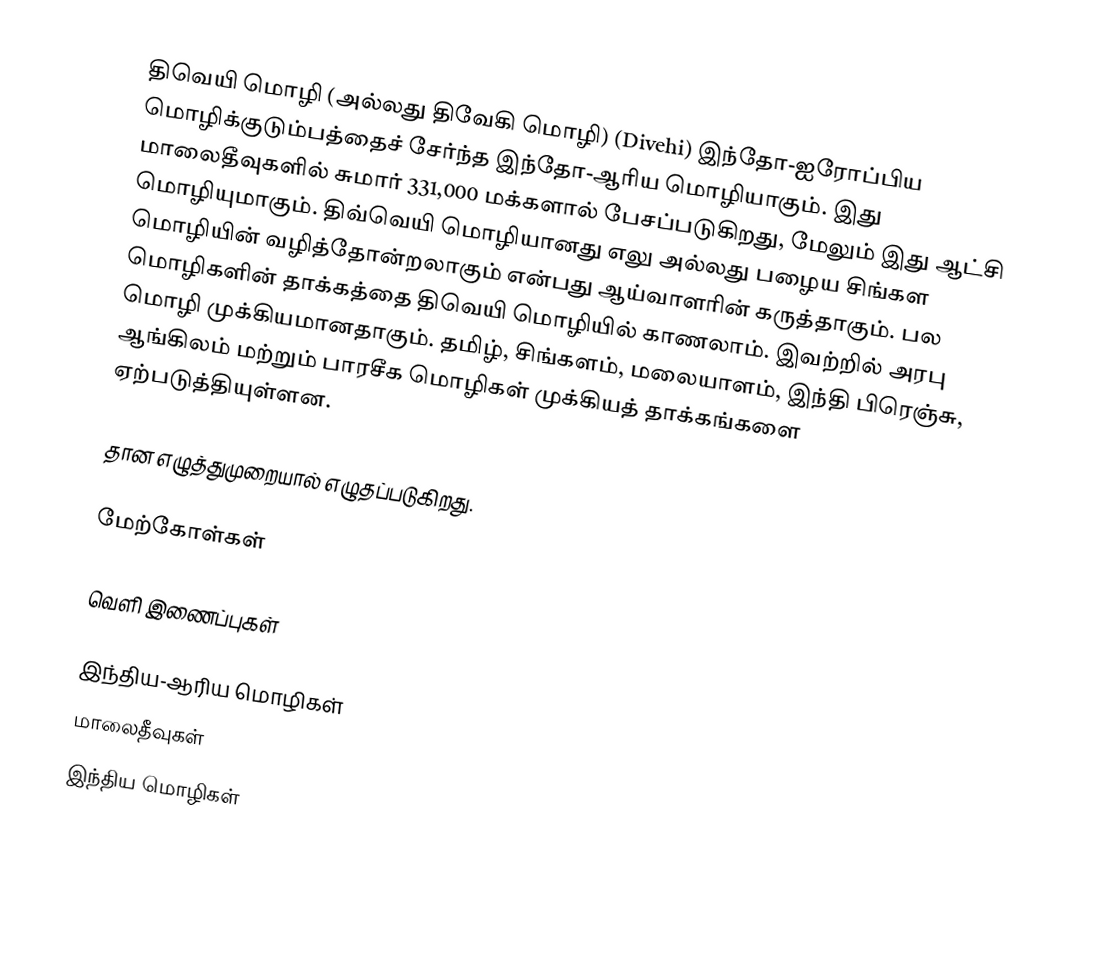
திவெயி மொழி (அல்லது திவேகி மொழி) (Divehi) இந்தோ-ஐரோப்பிய மொழிக்குடும்பத்தைச் சேர்ந்த இந்தோ-ஆரிய மொழியாகும். இது மாலைதீவுகளில் சுமார் 331,000 மக்களால் பேசப்படுகிறது, மேலும் இது ஆட்சி மொழியுமாகும். திவ்வெயி மொழியானது எலு அல்லது பழைய சிங்கள மொழியின் வழித்தோன்றலாகும் என்பது ஆய்வாளரின் கருத்தாகும். பல மொழிகளின் தாக்கத்தை திவெயி மொழியில் காணலாம். இவற்றில் அரபு மொழி முக்கியமானதாகும். தமிழ், சிங்களம், மலையாளம், இந்தி பிரெஞ்சு, ஆங்கிலம் மற்றும் பாரசீக மொழிகள் முக்கியத் தாக்கங்களை ஏற்படுத்தியுள்ளன.

தான எழுத்துமுறையால் எழுதப்படுகிறது.

மேற்கோள்கள்

வெளி இணைப்புகள்

இந்திய-ஆரிய மொழிகள்
மாலைதீவுகள்
இந்திய மொழிகள்